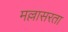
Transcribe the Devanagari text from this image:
मल्लासरता